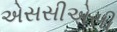
એસસીએસી